DOW-UAP-D49, Launch Summary, Vandenberg AFB, 2000
Agency: Department of War
Incident date: 2/3/00
Page 61
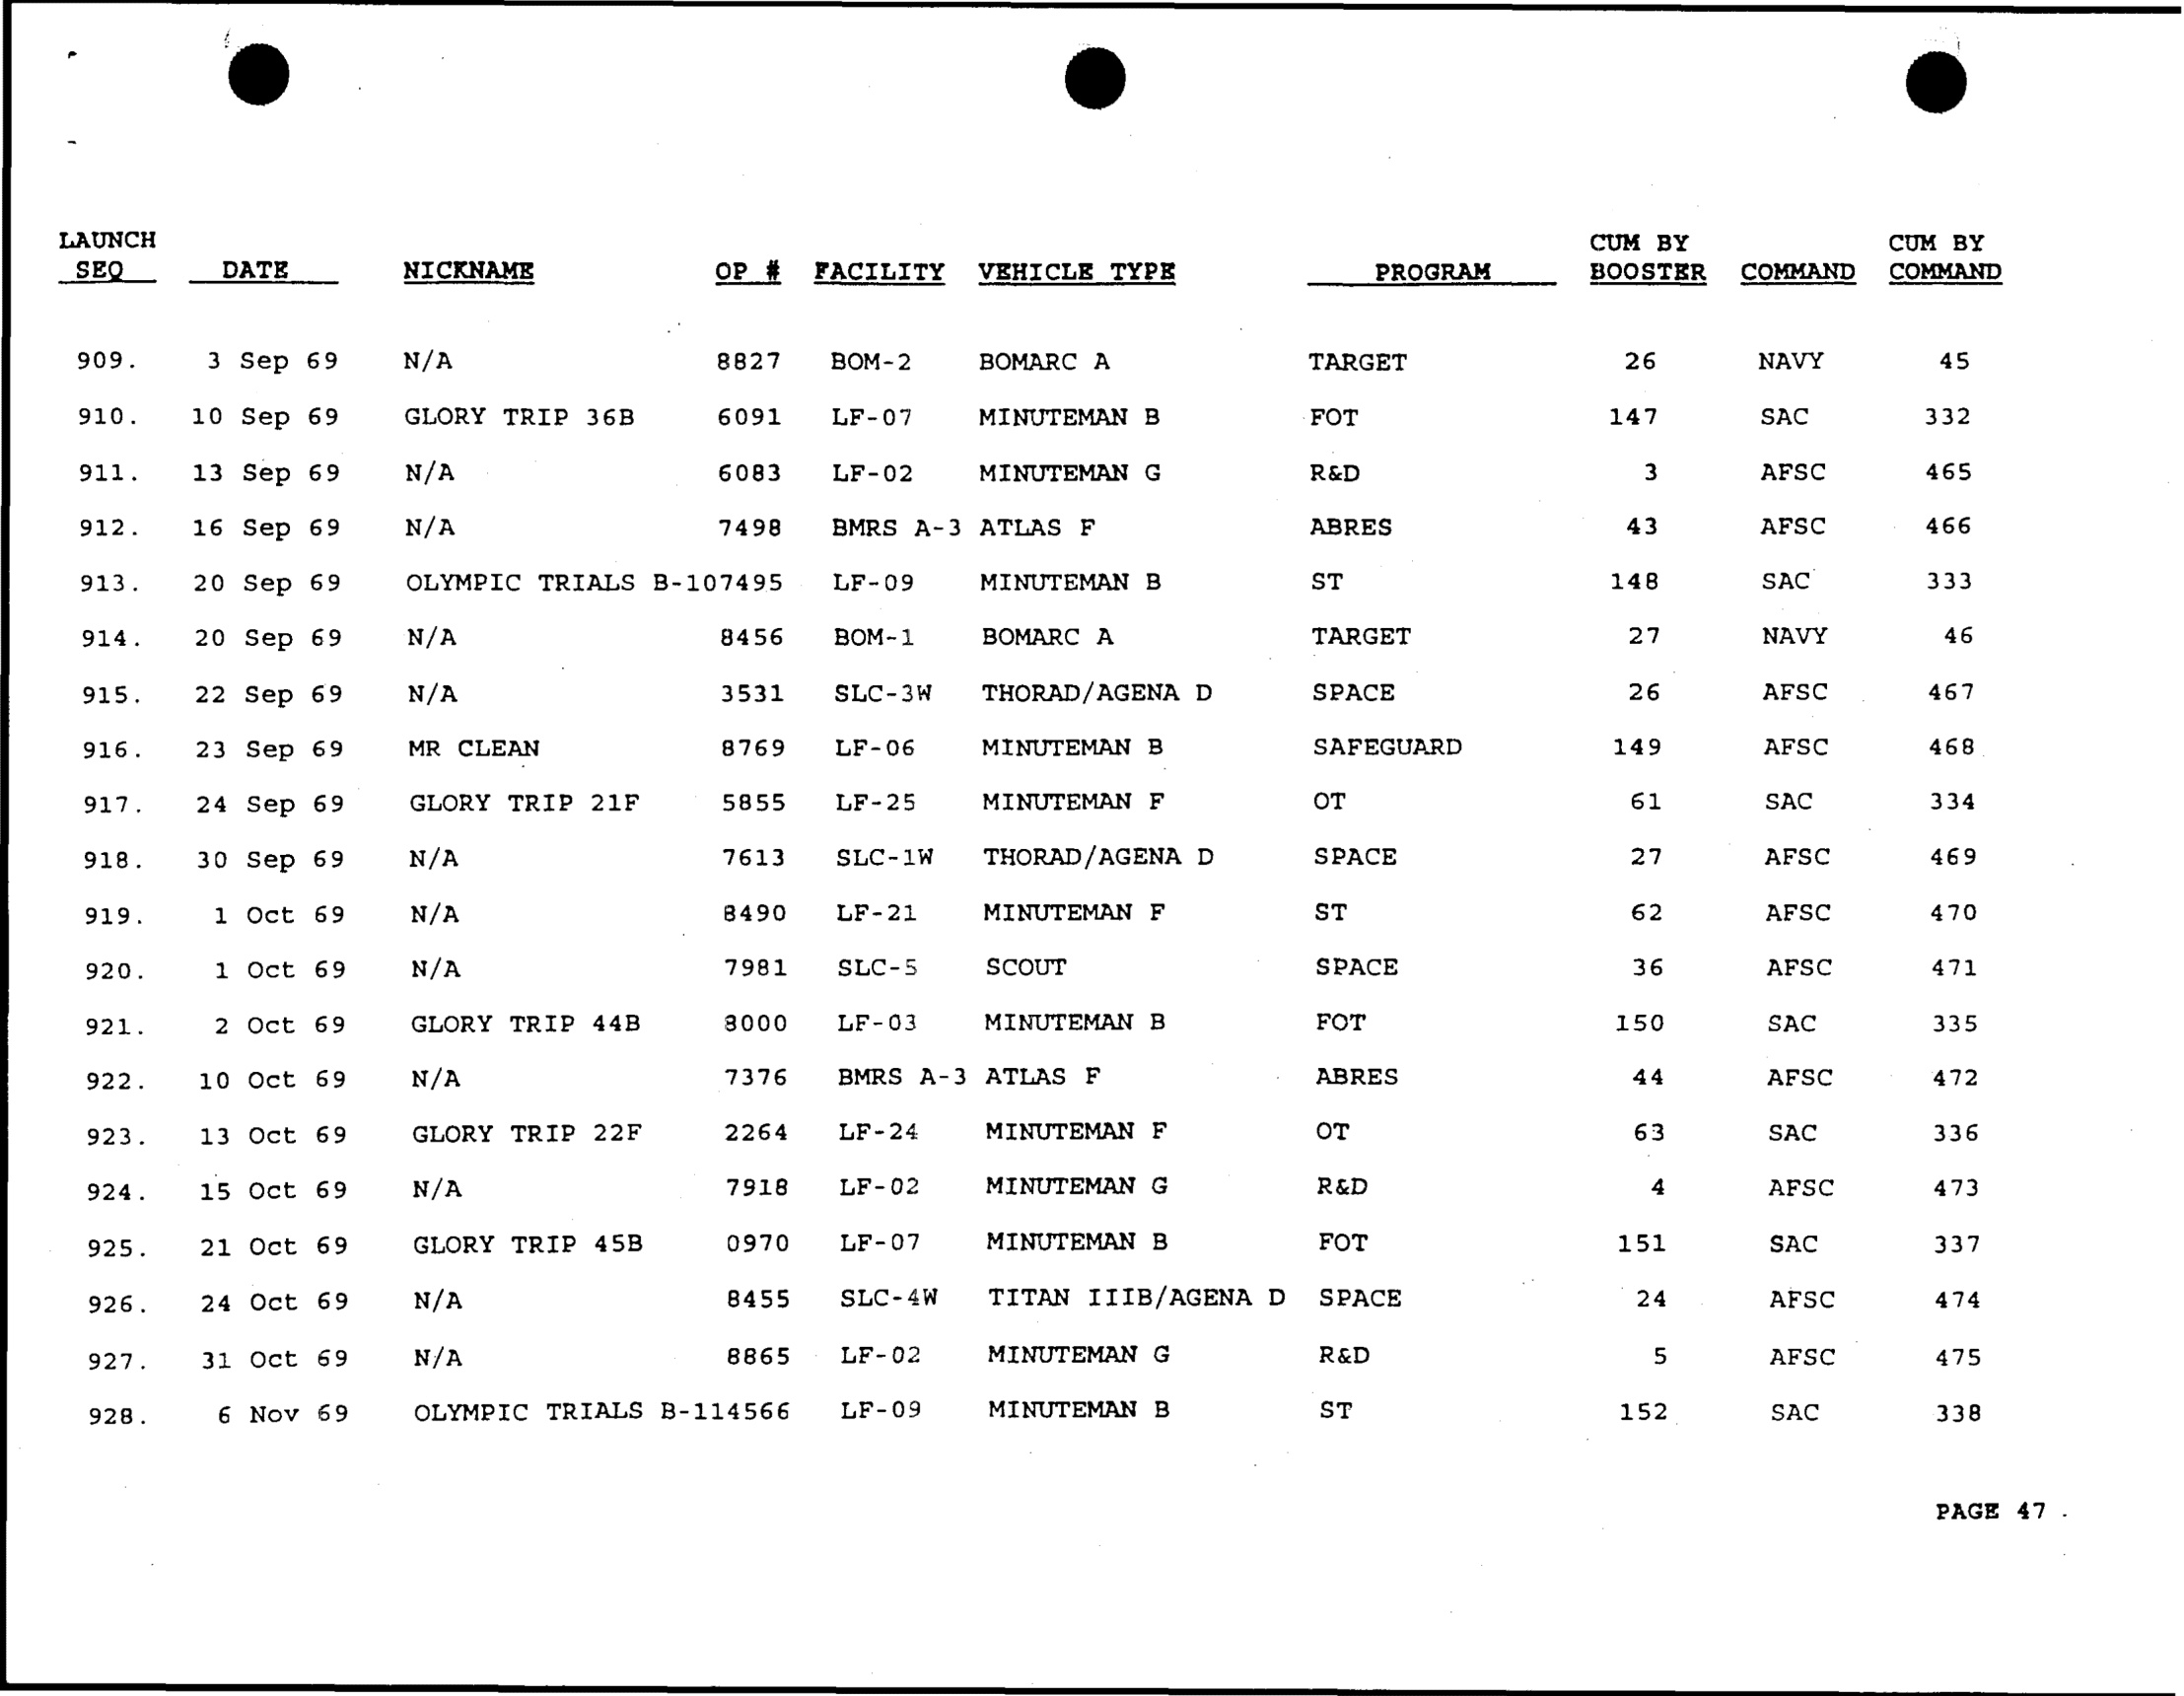